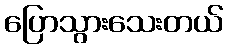
ပြောသွားသေးတယ်